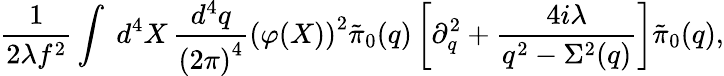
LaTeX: \frac{1}{2\lambda f^{2}}\int\; d^{4}X\, \frac{d^{4}q}{\left(2\pi\right)^{4}}\left(\varphi(X)\right)^{2}\tilde{\pi}_{0}(q)\left[\partial_{q}^{2}+\frac{4i\lambda}{q^{2}-\Sigma^{2}(q)}\right]\tilde{\pi}_{0}(q),